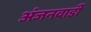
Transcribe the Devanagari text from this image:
अंजनवाडी